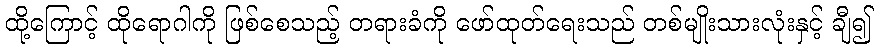
ထို့ကြောင့် ထိုရောဂါကို ဖြစ်စေသည့် တရားခံကို ဖော်ထုတ်ရေးသည် တစ်မျိုးသားလုံးနှင့် ချီ၍